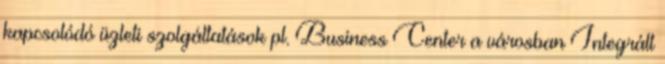
kapcsolódó üzleti szolgáltatások pl. Business Center a városban Integrált